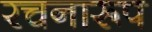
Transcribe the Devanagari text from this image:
रचनारूप